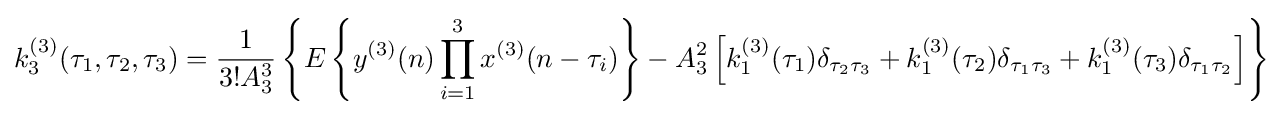
k_{3}^{(3)}(\tau _{1},\tau _{2},\tau _{3})={\frac {1}{3!A_{3}^{3}}}\left\{E\left\{y^{(3)}(n)\prod _{i=1}^{3}x^{(3)}(n-\tau _{i})\right\}-A_{3}^{2}\left[k_{1}^{(3)}(\tau _{1})\delta _{\tau _{2}\tau _{3}}+k_{1}^{(3)}(\tau _{2})\delta _{\tau _{1}\tau _{3}}+k_{1}^{(3)}(\tau _{3})\delta _{\tau _{1}\tau _{2}}\right]\right\}